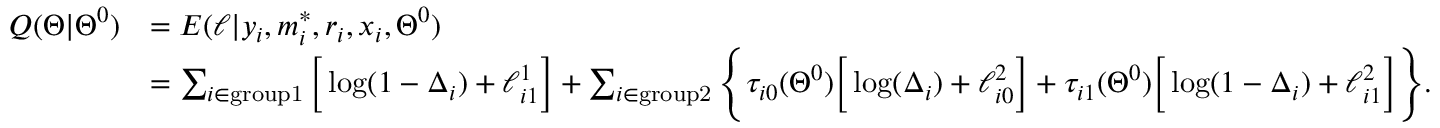
\begin{array} { r l } { Q ( \Theta | \Theta ^ { 0 } ) } & { = E ( \ell | y _ { i } , m _ { i } ^ { * } , r _ { i } , x _ { i } , \Theta ^ { 0 } ) } \\ & { = \sum _ { i \in \mathrm { g r o u p 1 } } \Big [ \log ( 1 - \Delta _ { i } ) + \ell _ { i 1 } ^ { 1 } \Big ] + \sum _ { i \in \mathrm { g r o u p 2 } } \Bigg \{ \tau _ { i 0 } ( \Theta ^ { 0 } ) \Big [ \log ( \Delta _ { i } ) + \ell _ { i 0 } ^ { 2 } \Big ] + \tau _ { i 1 } ( \Theta ^ { 0 } ) \Big [ \log ( 1 - \Delta _ { i } ) + \ell _ { i 1 } ^ { 2 } \Big ] \Bigg \} . } \end{array}